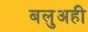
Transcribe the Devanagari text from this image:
बलुअही